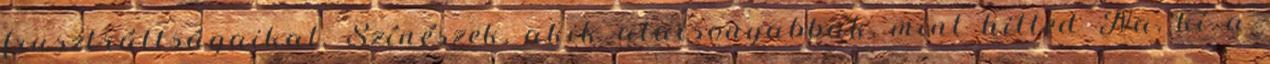
frusztráltságaikat. Színészek, akik alacsonyabbak, mint hitted Na, ki a